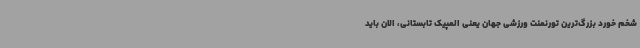
شخم خورد بزرگ‌ترین تورنمنت ورزشی جهان یعنی المپیک تابستانی، الان باید